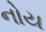
નોય